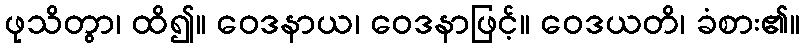
ဖုသိတွာ၊ ထိ၍။ ဝေဒနာယ၊ ဝေဒနာဖြင့်။ ဝေဒယတိ၊ ခံစား၏။